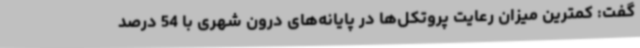
گفت: کمترین میزان رعایت پروتکل‌ها در پایانه‌های درون شهری با 54 درصد